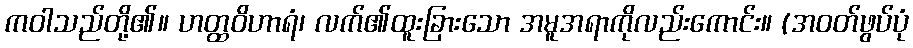
ကဝါသည်တို့၏။ ဟတ္ထဝိဟာရံ၊ လက်၏ထူးခြားသော အမူအရာကိုလည်းကောင်း။ (အဝတ်ဖွပ်ပုံ